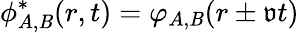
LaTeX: {\phi}_{A,\mathit{B}}^{*}(r,t)=\varphi_{A,\mathit{B}}(r\pm\mathfrak{{v}}t)